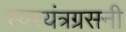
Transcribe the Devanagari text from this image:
स्वरयंत्रग्रसनी